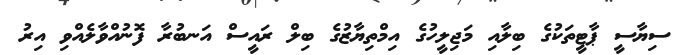
ސިޔާސީ ޕާޓީތަކުގެ ބިލާއި މަޖިލީހުގެ އިމްތިޔާޒުގެ ބިލް ރައީސް އަނބުރާ ފޮނުއްވާލެއްވި އިރު